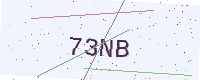
Text: 73NB